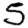
Digit: 5